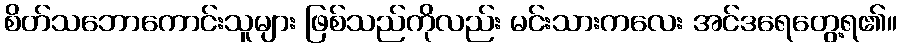
စိတ်သဘောကောင်းသူများ ဖြစ်သည်ကိုလည်း မင်းသားကလေး အင်ဒရေတွေ့ရ၏။